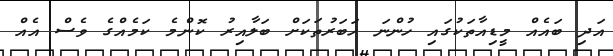
އަދި ބައެއް މީޑިއާތަކުގައި ހުންނަ ހަބަރުތަކަށް ބަލާއިރު ކޮންމެ ކަމެއްގެ ވެސް އެއް